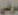
مرضي